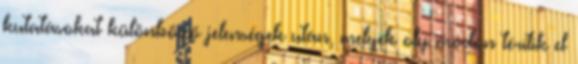
kutatásokat különböző jelenségek után, melyek oly módon térítik el